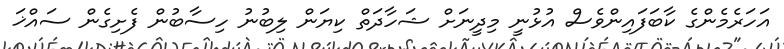
އަހަރެމެންގެ ކާބަފައިންވެސް އުޅުނީ މިދީނަށް ޝަހާދަތް ކިޔަން ލިބުނު ހިސާބުން ފެށިގެން ސައްޚަ